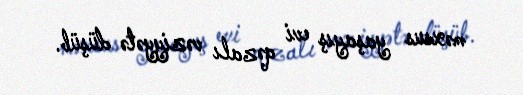
məxsus yaşayış evi qəzalı vəziyyətə düşüb.